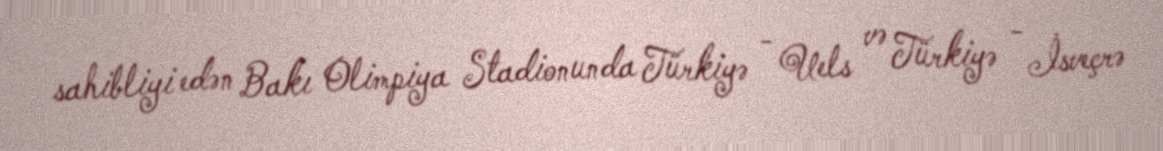
sahibliyi edən Bakı Olimpiya Stadionunda Türkiyə - Uels və Türkiyə - İsveçrə